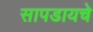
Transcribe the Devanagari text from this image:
सापडायचे